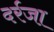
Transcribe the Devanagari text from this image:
दर्रजा